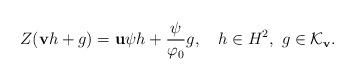
LaTeX: \begin{align*} Z({\mathbf v}h+g)={\mathbf u}\psi h+\frac{\psi}{\varphi_0}g, \ \ \ h\in H^2, \ g\in\mathcal K_{\mathbf v}. \end{align*}